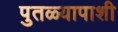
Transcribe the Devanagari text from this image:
पुतळ्यापाशी